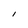
Character: I